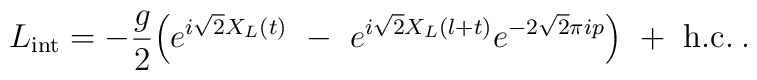
L_{\rm int} = -{g\over 2}\Bigl( e^{i \sqrt{2} X_L(t) } \ -\ e^{i \sqrt{2} X_L(l+t) }e^{-2\sqrt{2}\pi i p} \Bigr)\ +\ {\rm h.c.} \>.